Annual administration report of the Civil Veterinary Department of India - 1897-1898
Year: 1897
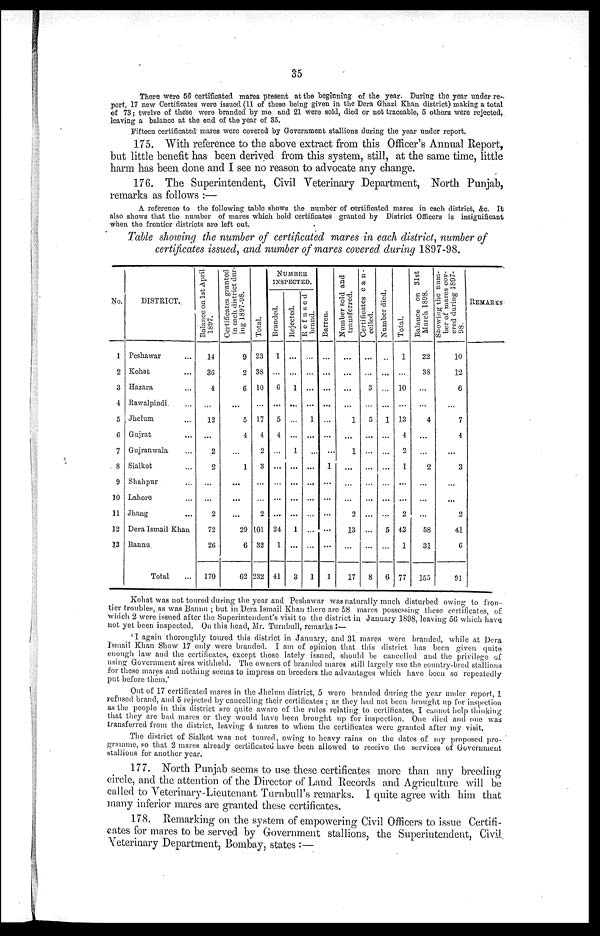
35
There were 56 certificated mares present at the beginning of the year. During the year under re-
port, 17 new Certificates were issued (11 of these being given in the Dera Ghazi Khan district) making a total
of 73; twelve of these were branded by me and 21 were sold, died or not traceable, 5 others were rejected,
leaving a balance at the end of the year of 35.
Fifteen certificated mares were covered by Government stallions during the year under report.
175. With reference to the above extract from this Officer's Annual Report,
but little benefit has been derived from this system, still, at the same time, little
harm has been done and I see no reason to advocate any change.
176. The Superintendent, Civil Veterinary Department, North Punjab,
remarks as follows :—
A reference to the following table shows the number of certificated mares in each district, &c. It
also shows that the number of mares which hold certificates granted by District Officers is insignificant
when the frontier districts are left out.
Table showing the number of certificated mares in each district, number of
certificates issued, and number of mares covered during 1897-98.
No.
1
2
3
4
5
6
7
8
9
10
11
12
13
DISTRICT.
Peshawar
Kohat ...
Hazara ...
Rawalpindi.
Jhelum ...
Gujrat ...
Gujranwala ...
Sialkot ...
Shahpur ...
Lahore
Jhang ...
Dera Ismail Khan
Bannu
Total
Balance on 1st April
1897.
14
36
4
...
12
...
2
2
...
...
2
72
26
170
Certificates granted
in each district dur-
ing 1897-98.
9
2
6
...
5
4
...
1
...
...
...
29
6
62
Total.
23
33
10
...
17
4
2
3
...
...
2
101
32
232
NUMBER
INSPECTED.
Branded.
1
...
6
...
5
4
...
...
...
...
...
24
1
41
Rejected.
...
...
1
...
...
...
1
...
...
...
...
1
...
3
Refused
brand.
...
...
...
...
1
...
...
...
...
...
...
...
...
1
Barren.
...
...
...
...
...
...
...
1
...
...
...
...
...
1
Number sold and
transferred.
...
...
...
...
1
...
1
...
...
...
2
13
...
17
Certificates can-
celled.
...
...
3
...
5
...
...
...
...
...
...
...
...
8
Number died.
...
...
...
...
1
...
...
...
...
...
...
5
...
6
Total.
1
...
10
...
13
4
2
1
...
...
2
43
1
77
Balance on 31st
March 1895.
22
38
...
...
4
...
...
2
...
...
...
58
31
155
Showing the num-
ber of mares cov-
ered during 1897-
98.
10
12
6
...
7
4
...
3
...
...
2
41
6
91
REMARKS.
Kohat was not toured during the year and Peshawar was naturally much disturbed owing to fron-
tier troubles, as was Bannu ; but in Dera Ismail Khan there are 58 mares possessing these certificates, of:
which 2 were issued after the Superintendent's visit to the district in January 1898, leaving 56 which have
not yet been inspected. On this head, Mr. Turnbull, remarks :—
'I again thoroughly toured this district in January, and 31 mares were branded, while at Dera
Ismail Khan Show 17 only were branded. I am of opinion that this district has been given quite
enough law and the certificates, except those lately issued, should be cancelled and the privilege of
using Government sires withheld. The owners of branded mares still largely use the country-bred stallions
for these mares and nothing seems to impress on breeders the advantages which have been so repeatedly
put before them.'
Out of 17 certificated mares in the Jhelum district, 5 were branded during the year under report, 1
refused brand, and 5 rejected by cancelling their certificates ; as they had not been brought up for inspection
as the people in this district are quite aware of the rules relating to certificates, I cannot help thinking
that they are bad mares or they would have been brought up for inspection. One died and one was
transferred from the district, leaving 4 mares to whom the certificates were granted after my visit.
The district of Sialkot was not toured, owing to heavy rains on the dates of my proposed pro-
gramme, so that 2 mares already certificated have been allowed to receive the services of Government
stallions for another year.
177. North Punjab seems to use these certificates more than any breeding-
circle, and the attention of the Director of Land Records and Agriculture will be
called to Veterinary-Lieutenant Turnbull's remarks. I quite agree with him that
many inferior mares are granted these certificates.
178. Remarking on the system of empowering Civil Officers to issue Certifi-
cates for mares to be served by Government stallions, the Superintendent, Civil.
Veterinary Department, Bombay, states :—